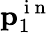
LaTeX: \textbf{p}_{1}^{\mathrm{~i~n~}}